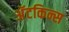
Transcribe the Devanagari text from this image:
अॅटकिन्स